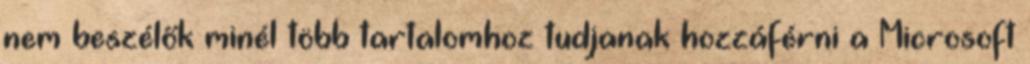
nem beszélők minél több tartalomhoz tudjanak hozzáférni a Microsoft